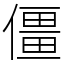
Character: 僵